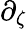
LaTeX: \partial_{\zeta}